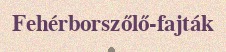
Fehérborszőlő-fajták